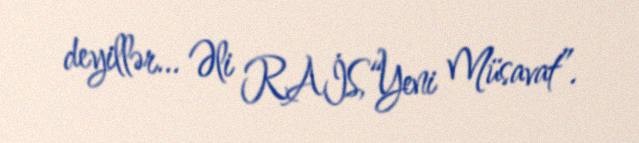
deyillər... Əli RAİS,“Yeni Müsavat”.